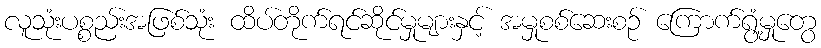
လူသုံးပစ္စည်းအဖြစ်သုံး ထိပ်တိုက်ရင်ဆိုင်မှုများနှင့် အမှုစစ်ဆေးစဉ် ကြောက်ရွံ့မှုတွေ